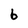
Character: b